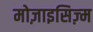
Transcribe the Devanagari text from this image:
मोज़ाइसिज़्म